Vaccination in Bombay 1856-1862 - 1856-1862
Year: 1856
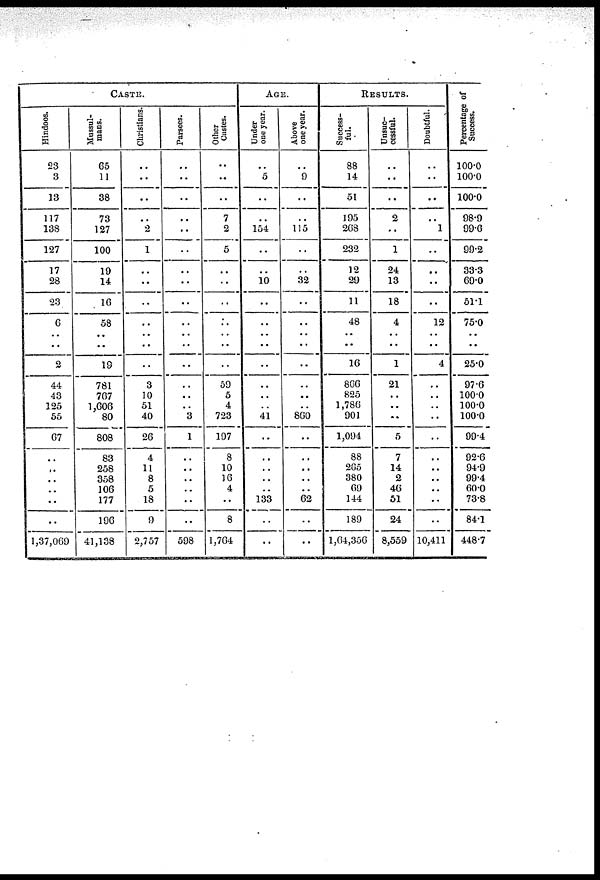
CASTE.
Hindoos.
23
3
13
117
138
127
17
28
23
6
..
..
2
44
43
125
55
67
..
..
..
..
..
..
1,37,069
Mussul-
mans.
65
11
38
73
127
100
19
14
16
58
..
..
19
781
767
1,606
80
808
83
258
358
106
177
196
41,138
Christians.
..
..
..
..
2
1
..
..
..
..
..
..
..
3
10
51
40
26
4
11
8
5
18
9
2,757
Parsees.
..
..
..
..
..
..
..
..
..
..
..
..
..
..
..
..
3
1
..
..
..
..
..
..
598
Other
Castes.
..
..
..
7
2
5
..
..
..
..
..
..
..
59
5
4
723
197
8
10
16
4
..
8
1,764
AGE.
Under
one year.
..
5
..
..
154
..
..
10
..
..
..
..
..
..
..
..
41
..
..
..
..
..
133
..
..
Above
one year.
..
9
..
..
115
..
..
32
..
..
..
..
..
..
..
..
860
..
..
..
..
..
62
..
..
RESULTS.
Success-
ful.
88
14
51
195
268
232
12
29
11
48
..
..
16
866
825
1,786
901
1,094
88
265
380
69
144
189
1,64,356
Unsuc-
cessful.
..
..
..
2
..
1
24
13
18
4
..
..
1
21
..
..
..
5
7
14
2
46
51
24
8,559
Doubtful.
..
..
..
..
1
..
..
..
..
12
..
..
4
..
..
..
..
..
..
..
..
..
..
..
10,411
Percentage of
Success.
100.0
100.0
100.0
98.9
99.6
99.2
33.3
69.0
51.1
75.0
..
..
25.0
97.6
100.0
100.0
100.0
99.4
92.6
94.9
99.4
60.0
73.8
84.1
448.7